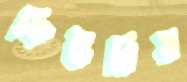
ফিউরিয়